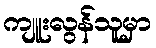
ကျူးလွန်သူမှာ